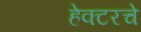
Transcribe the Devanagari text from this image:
हेक्टरचे